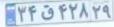
۳۴ق۴۲۸۲۹